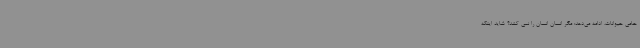
حامی حیوانات، ادامه می‌دهد: مگر انسان انسان را نمی کشد؟ شاید اینکه